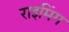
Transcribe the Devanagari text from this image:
राइमिंग